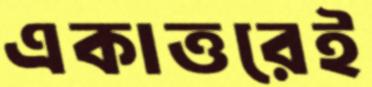
একাত্তরেই